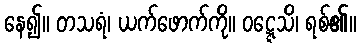
နေ၍။ တသရံ၊ ယက်ဖောက်ကို။ ဝဋ္ဋေသိ၊ ရစ်၏။